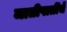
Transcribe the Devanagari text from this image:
जातीपातींचे